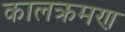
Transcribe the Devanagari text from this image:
कालक्रमण